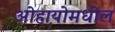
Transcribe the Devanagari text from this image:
ओहायोमधील